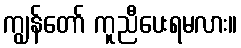
ကျွန်တော် ကူညီပေးရမလား။